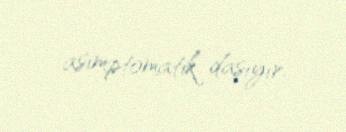
asimptomatik daşıyır.